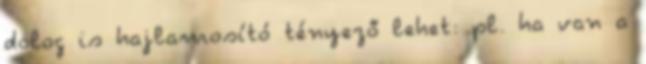
dolog is hajlamosító tényező lehet: pl. ha van a